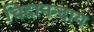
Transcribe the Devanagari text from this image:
चिदानन्दाय